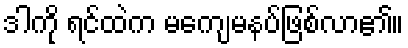
ဒါကို ရင်ထဲက မကျေမနပ်ဖြစ်လာ၏။